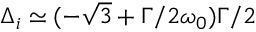
\Delta _ { i } \simeq ( - \sqrt { 3 } + \Gamma / 2 \omega _ { 0 } ) \Gamma / 2